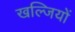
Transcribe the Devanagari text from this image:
खल्जियों